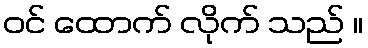
ဝင် ထောက် လိုက် သည် ။